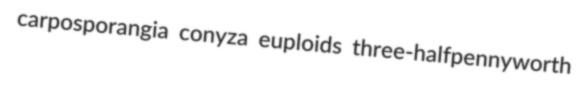
carposporangia conyza euploids three-halfpennyworth